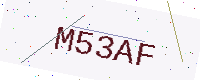
Text: M53AF